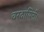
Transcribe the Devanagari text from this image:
वरदायिनी।